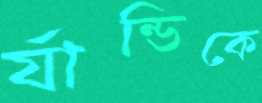
র‍্যান্ডিকে